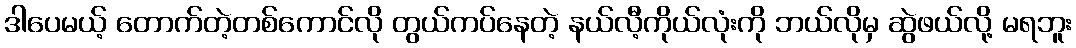
ဒါပေမယ့် တောက်တဲ့တစ်ကောင်လို တွယ်ကပ်နေတဲ့ နယ်လီ့ကိုယ်လုံးကို ဘယ်လိုမှ ဆွဲဖယ်လို့ မရဘူး